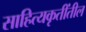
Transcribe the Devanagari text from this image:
साहित्यकृतींतील